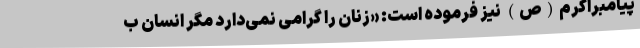
پیامبراکرم(ص) نیز فرموده است: «زنان را گرامی نمی‌دارد مگر انسان ب